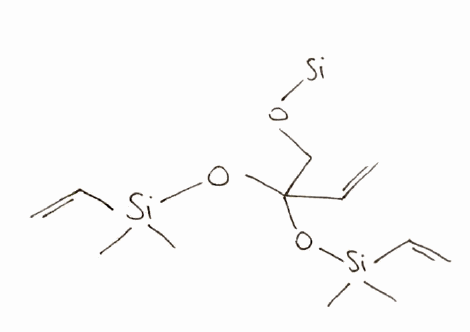
Simplified molecular-input line-entry system (SMILES) notation of the given molecule:
C[Si](C)(C=C)OC(CO[Si])(C=C)O[Si](C)(C)C=C